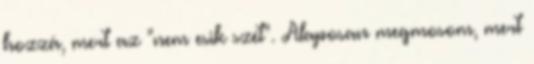
hozzá, mert az "nem esik szét". Alaposan megmosom, mert